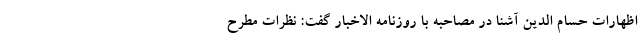
اظهارات حسام الدین آشنا در مصاحبه با روزنامه الاخبار گفت: نظرات مطرح